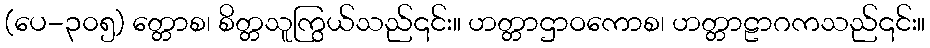
(ပေ-၃၀၅) တ္တောစ၊ စိတ္တသူကြွယ်သည်၎င်း။ ဟတ္တာဌာဝကောစ၊ ဟတ္တာဠာဂကသည်၎င်း။